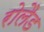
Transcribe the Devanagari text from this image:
रोलैड